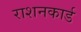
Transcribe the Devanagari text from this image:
राशनकार्ड